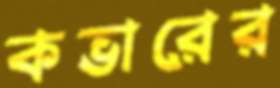
কভারের